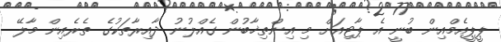
ޕީޕީއެމްއިން ބުނީ އެ ޕާޓިއަށް މި އިންތިޚާބުން ގެއްލުނު ދާއިރާތަކުގެ ތެރެއިން މާލޭ